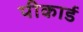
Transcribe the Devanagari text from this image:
पीकार्ड